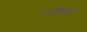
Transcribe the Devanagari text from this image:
चर्नीशेव्सकी